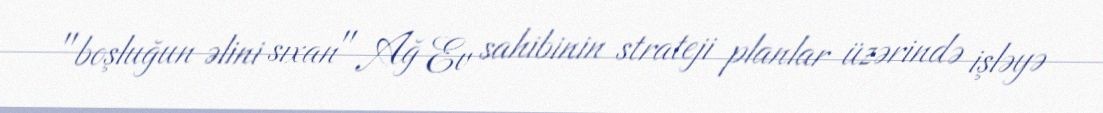
"boşluğun əlini sıxan" Ağ Ev sahibinin strateji planlar üzərində işləyə